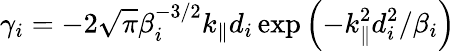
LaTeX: \gamma_{i}=-2\sqrt{\pi}\beta_{i}^{-3/2}k_{\parallel}d_{i}\exp\left(-k_{\parallel}^{2}d_{i}^{2}/\beta_{i}\right)